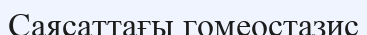
Саясаттағы гомеостазис